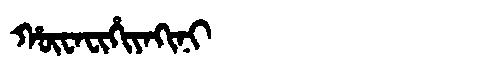
Manchu: ᡥᡡᠸᠠᠸᡳᡥᡳᠶᠠᡴᡳᠨᡳ
Romanization: HŪWAFIHIYAKINI